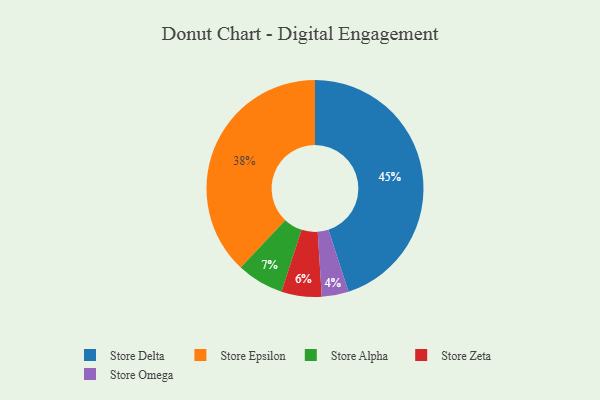
{"axis": {"x": "Category", "y": "Percentage"}, "legend": ["Store Alpha", "Store Delta", "Store Epsilon", "Store Omega", "Store Zeta"], "data": [{"x": "Store Alpha", "y": 7, "type": "Store Alpha"}, {"x": "Store Omega", "y": 4, "type": "Store Omega"}, {"x": "Store Delta", "y": 45, "type": "Store Delta"}, {"x": "Store Epsilon", "y": 38, "type": "Store Epsilon"}, {"x": "Store Zeta", "y": 6, "type": "Store Zeta"}]}